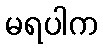
မရပါက